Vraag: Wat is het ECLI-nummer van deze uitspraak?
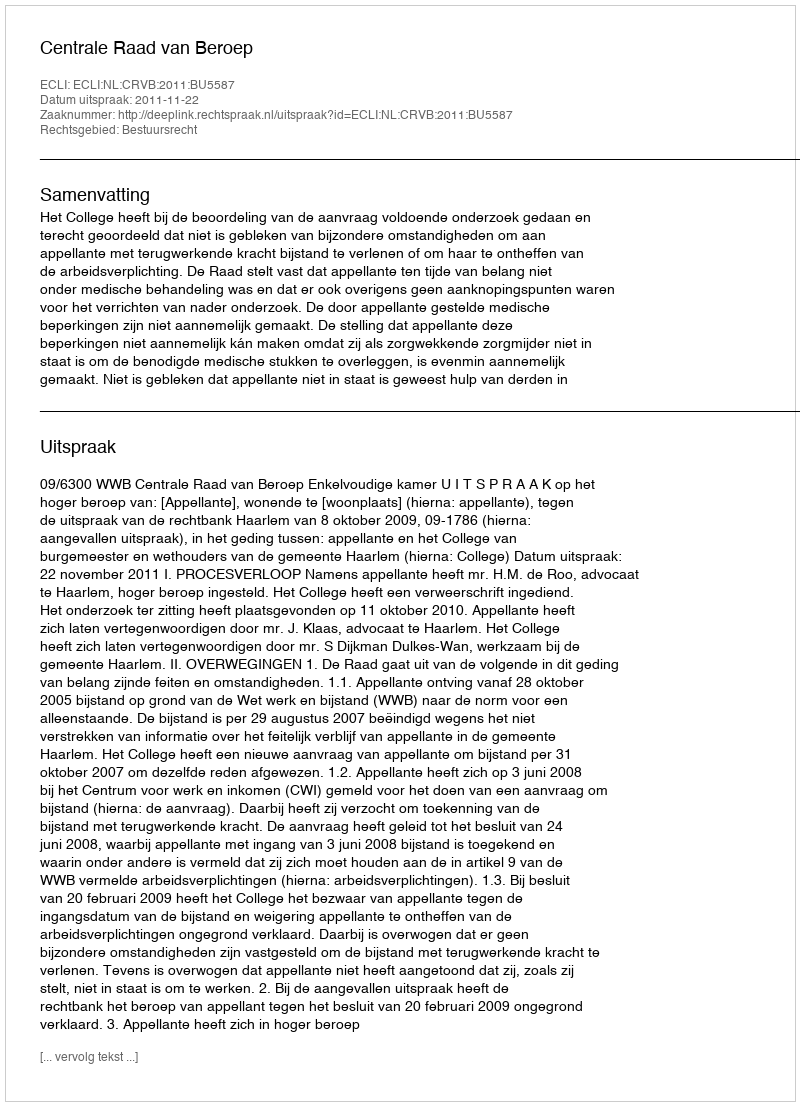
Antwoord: ECLI:NL:CRVB:2011:BU5587